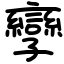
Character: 孿